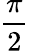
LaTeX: \frac{\pi}{2}